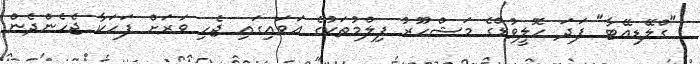
"ގްލޭޑިއޭޓާ" ފަދަ ހޮލީވުޑްގެ މަޝްހޫރު ފިލްމުތަކުގެ އަވައިގައި ޖެހި ވަރަށް ފަހަކާ ޖެހެންދެން